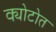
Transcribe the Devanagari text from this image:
क्योटोत